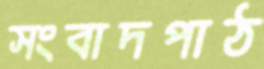
সংবাদপাঠ